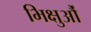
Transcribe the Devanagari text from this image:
भिक्षुऔं